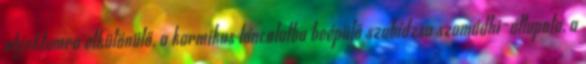
objektumra elkülönülő, a karmikus láncolatba beépülő szabídzsa szamádhi-állapota, a